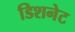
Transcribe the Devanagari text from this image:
डिशनेट